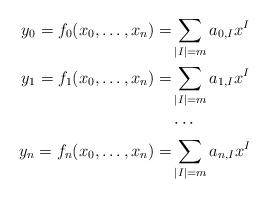
LaTeX: \begin{align*} y_0 =f_0(x_0,\dots, x_n)=& \sum_{|I|= m} a_{0,I} x^I \\ y_1 =f_1(x_0,\dots, x_n)=& \sum_{|I|= m} a_{1,I} x^I\\ &\cdots \\ y_n =f_n(x_0,\dots, x_n)=& \sum_{|I|= m} a_{n,I} x^I \end{align*}